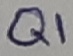
Text: Q1